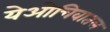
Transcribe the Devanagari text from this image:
येओचिवातल